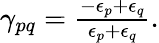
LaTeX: \begin{array}{r}{\gamma_{pq}=\frac{-\epsilon_{p}+\epsilon_{q}}{\epsilon_{p}+\epsilon_{q}}.}\end{array}